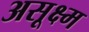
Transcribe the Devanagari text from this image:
असूक्ष्म